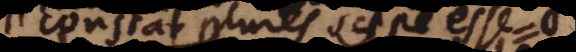
constat plures saepe esse